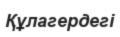
Құлагердегі